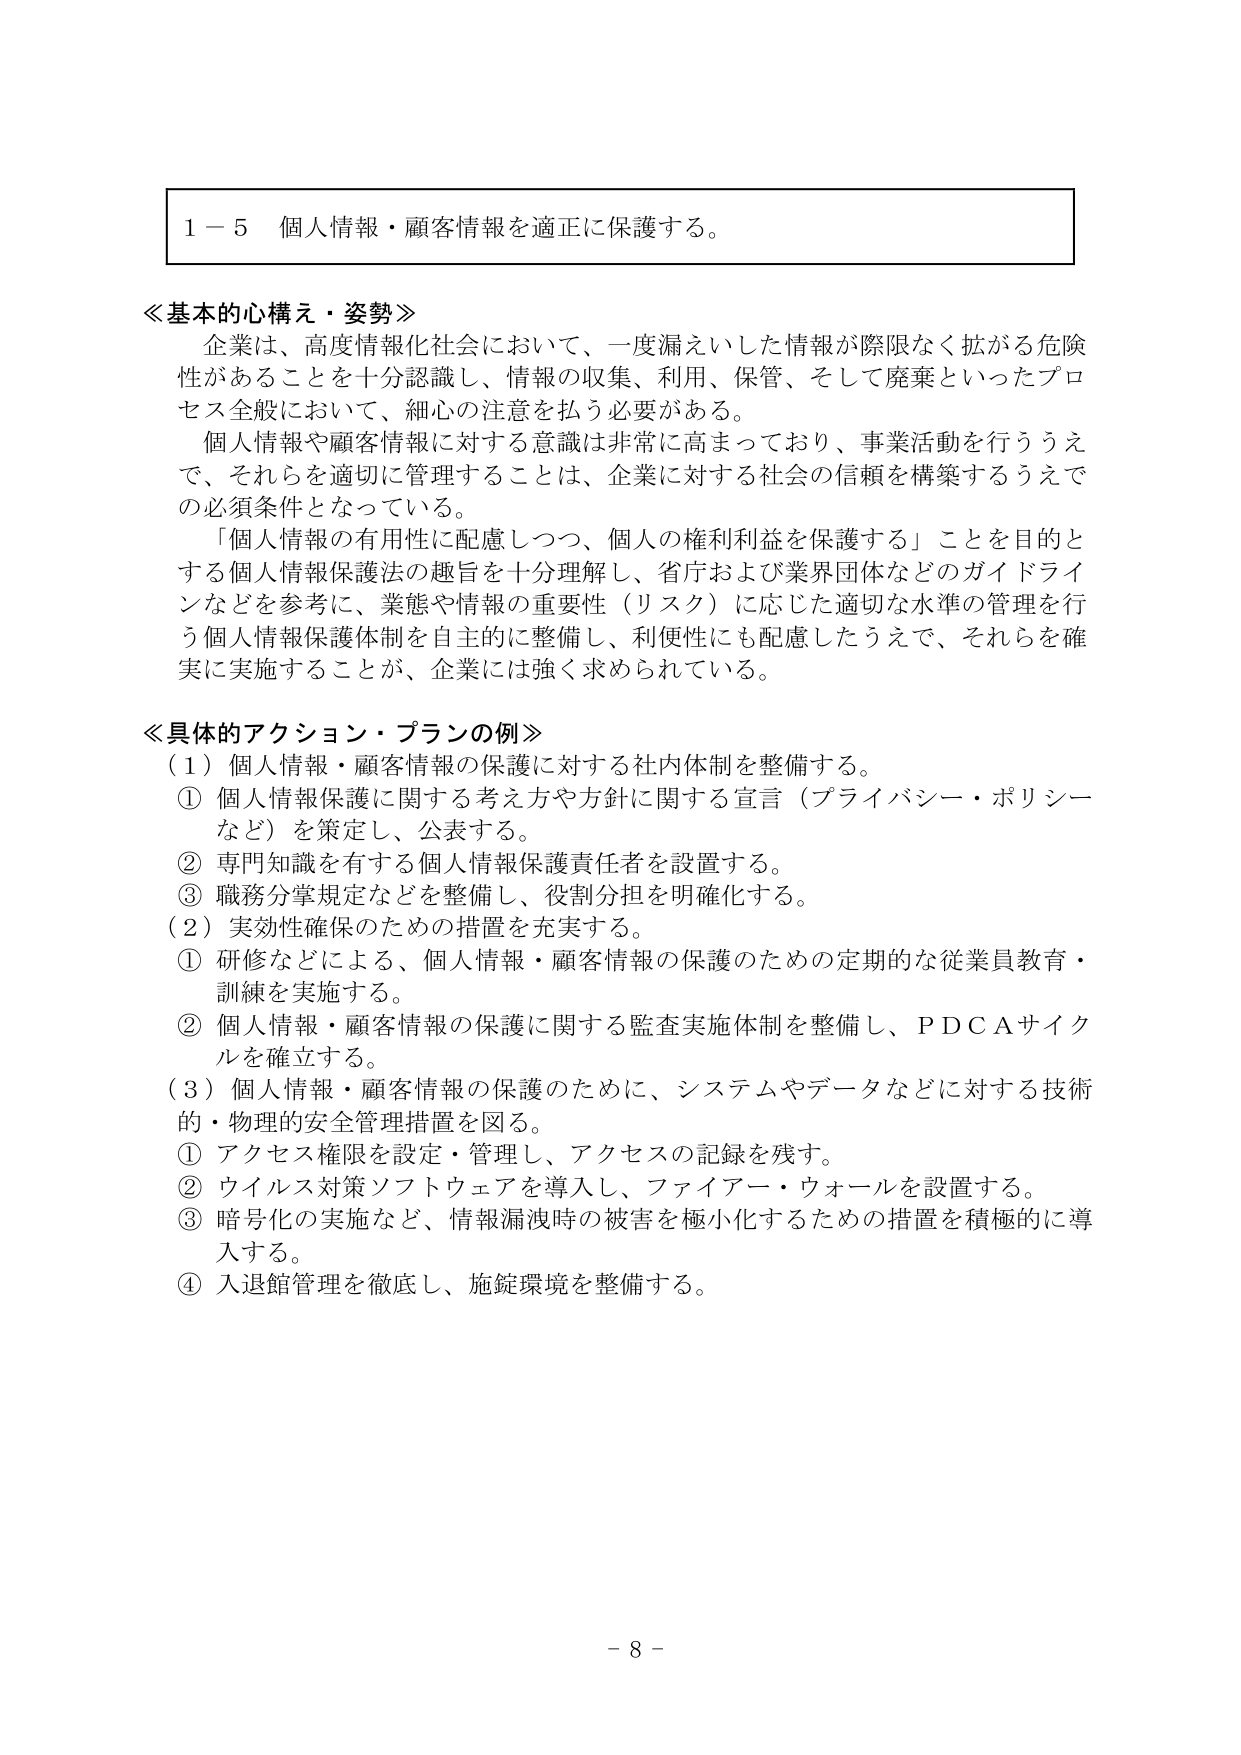
1－5 個人情報・顧客情報を適正に保護する。

≪基本的心構え・姿勢≫
企業は、高度情報化社会において、一度漏えいした情報が際限なく拡がる危険性があることを十分認識し、情報の収集、利用、保管、そして廃棄といったプロセス全般において、細心の注意を払う必要がある。
個人情報や顧客情報に対する意識は非常に高まっており、事業活動を行ううえで、それらを適切に管理することは、企業に対する社会の信頼を構築するうえでの必須条件となっている。
「個人情報の有用性に配慮しつつ、個人の権利利益を保護する」ことを目的とする個人情報保護法の趣旨を十分理解し、省庁および業界団体などのガイドラインなどを参考に、業態や情報の重要性（リスク）に応じた適切な水準の管理を行う個人情報保護体制を自主的に整備し、利便性にも配慮したうえで、それらを確実に実施することが、企業には強く求められている。

≪具体的アクション・プランの例≫
（1）個人情報・顧客情報の保護に対する社内体制を整備する。
① 個人情報保護に関する考え方や方針に関する宣言（プライバシー・ポリシーなど）を策定し、公表する。
② 専門知識を有する個人情報保護責任者を設置する。
③ 職務分掌規定などを整備し、役割分担を明確化する。
（2）実効性確保のための措置を充実する。
① 研修などによる、個人情報・顧客情報の保護のための定期的な従業員教育・訓練を実施する。
② 個人情報・顧客情報の保護に関する監査実施体制を整備し、PDCAサイクルを確立する。
（3）個人情報・顧客情報の保護のために、システムやデータなどに対する技術的・物理的安全管理措置を図る。
① アクセス権限を設定・管理し、アクセスの記録を残す。
② ウイルス対策ソフトウェアを導入し、ファイアー・ウォールを設置する。
③ 暗号化の実施など、情報漏洩時の被害を極小化するための措置を積極的に導入する。
④ 入退館管理を徹底し、施錠環境を整備する。

－ 8 －